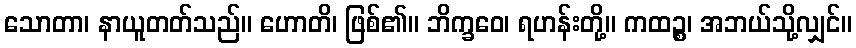
သောတာ၊ နာယူတတ်သည်။ ဟောတိ၊ ဖြစ်၏။ ဘိက္ခဝေ၊ ရဟန်းတို့။ ကထဉ္စ၊ အဘယ်သို့လျှင်။